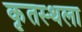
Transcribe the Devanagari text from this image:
कृतस्थला